Tezpur Lunatic Asylum reports 1895-1904 - 1895-1904
Year: 1895
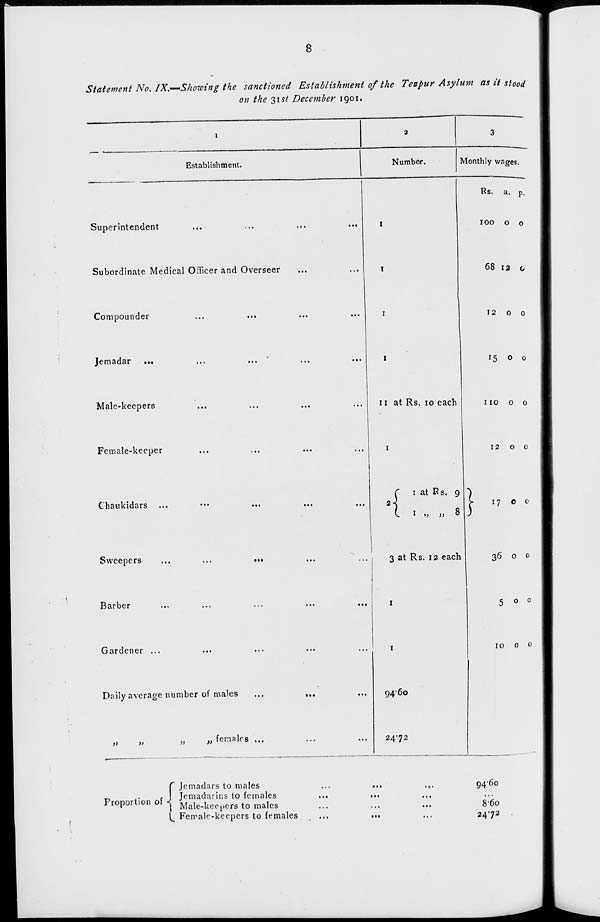
8
Statement No. IX,—'Showing the sanctioned Establishment of the Teepur Asylum as it stood
on the 31^ December 1901.
Establishment.
Monthly wages.
Superintendent
Subordinate Medical Officer and Overseer
Compounder
Jemadar ...
Male-keepers
Female-keeper
Chaukidars
Sweepers
Barber
Gardener ...
Daily average number of males
>>
»
„ females ...
u at Rs. 10 each
1 at Rs. 9
r 1 at Rs
I 1 » „ 8
3 at Rs. 12 each
94'6o
2472
Rs. a.
100 00
68 12 o
12 00
15 0 0
no 00
1200
1700
36 0 0
5 0 c
1000
Propor tion of *{
Jemadars to males
Jemadarins to females
\ Male-keepers to males
^ Female-keepers to females
...
• •.
. • •
94*60
860
2472